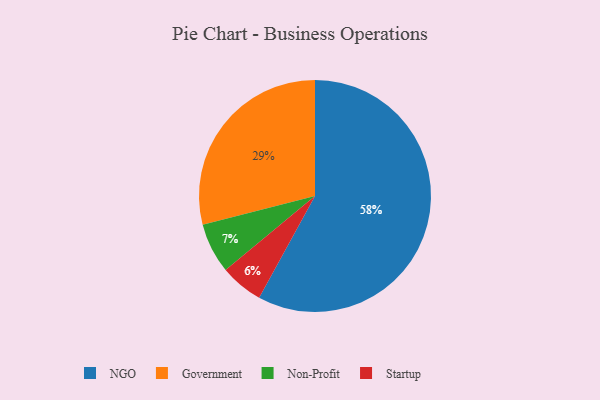
{"axis": {"x": "Category", "y": "Percentage"}, "legend": ["Government", "NGO", "Non-Profit", "Startup"], "data": [{"x": "Non-Profit", "y": 7, "type": "Non-Profit"}, {"x": "NGO", "y": 58, "type": "NGO"}, {"x": "Startup", "y": 6, "type": "Startup"}, {"x": "Government", "y": 29, "type": "Government"}]}